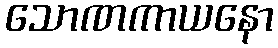
သောဏကာယနော